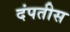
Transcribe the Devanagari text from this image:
दंपतीस